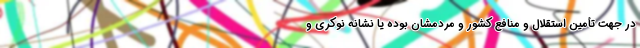
در جهت تأمین استقلال و منافع کشور و مردمشان بوده یا نشانه نوکری و